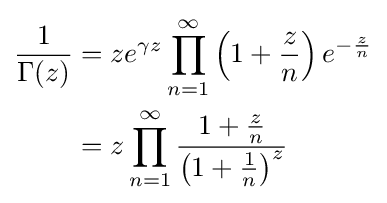
{\begin{aligned}{\frac {1}{\Gamma (z)}}&=ze^{\gamma z}\prod _{n=1}^{\infty }\left(1+{\frac {z}{n}}\right)e^{-{\frac {z}{n}}}\\&=z\prod _{n=1}^{\infty }{\frac {1+{\frac {z}{n}}}{\left(1+{\frac {1}{n}}\right)^{z}}}\end{aligned}}